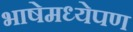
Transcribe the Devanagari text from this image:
भाषेमध्येपण